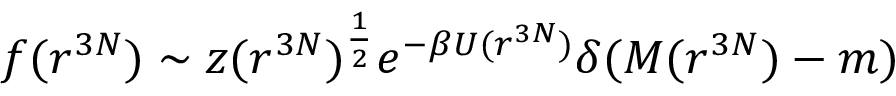
f ( r ^ { 3 N } ) \sim z ( r ^ { 3 N } ) ^ { \frac { 1 } { 2 } } e ^ { - \beta U ( r ^ { 3 N } ) } \delta ( M ( r ^ { 3 N } ) - m )